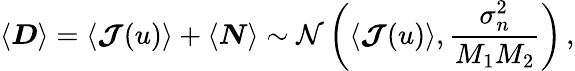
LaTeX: \left\langle\boldsymbol{D}\right\rangle=\left\langle\boldsymbol{\mathcal{J}}(u)\right\rangle+\langle\boldsymbol{N}\rangle\sim\mathcal{N}\left(\left\langle\boldsymbol{\mathcal{J}}(u)\right\rangle,\frac{\sigma_{n}^{2}}{M_{1}M_{2}}\right)\, ,